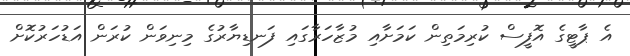
އެ ޕާޓީގެ އޮފީސް ކުރިމަތިން ކަމަށާއި މުޒާހަރާގައި ފަނޑިޔާރުގެ މިނިވަން ކުރަން އަޑުހަރުކޮށް